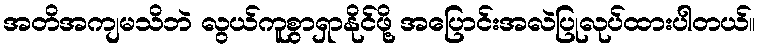
အတိအကျမသိဘဲ လွယ်ကူစွာရှာနိုင်ဖို့ အပြောင်းအလဲပြုလုပ်ထားပါတယ်။